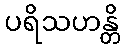
ပရိသဟန္တိ